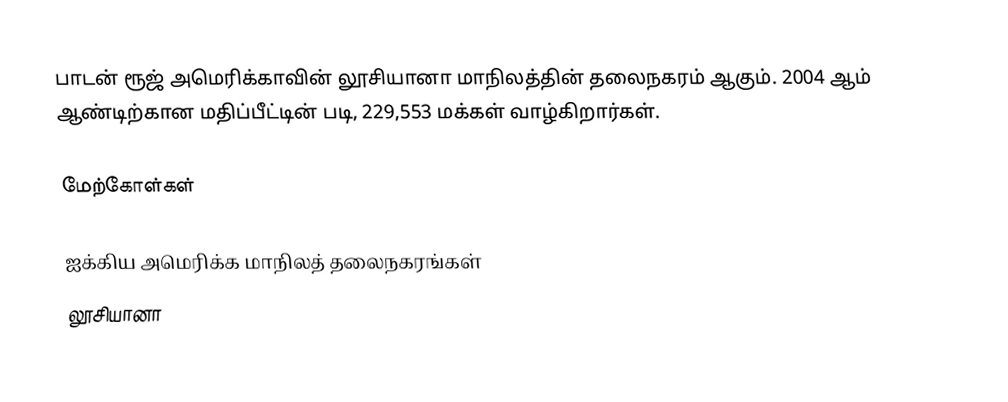
பாடன் ரூஜ் அமெரிக்காவின் லூசியானா மாநிலத்தின் தலைநகரம் ஆகும். 2004 ஆம் ஆண்டிற்கான மதிப்பீட்டின் படி, 229,553 மக்கள் வாழ்கிறார்கள்.

மேற்கோள்கள்

ஐக்கிய அமெரிக்க மாநிலத் தலைநகரங்கள்
லூசியானா